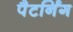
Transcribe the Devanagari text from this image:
पैटर्निंग